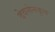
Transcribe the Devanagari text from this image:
देवसेनकृत